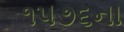
૧૫૭૬ના